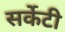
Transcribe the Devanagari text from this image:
सर्केटी